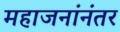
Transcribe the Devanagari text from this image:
महाजनांनंतर